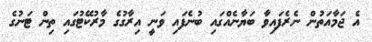
އެ ޖަމާއަތުން ނެރެފައިވާ ބަޔާނެއްގައި ބުނެފައި ވަނީ އިރާގުގެ މާރުކޭޓުގައި ތިން ޓަނުގެ